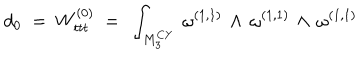
d _ { 0 } ~ = ~ W _ { t t t } ^ { ( 0 ) } ~ = ~ \int _ { { M } _ { 3 } ^ { C Y } } \, \omega ^ { ( 1 , 1 ) } \, \wedge \, \omega ^ { ( 1 , 1 ) } \, \wedge \, \omega ^ { ( 1 , 1 ) }